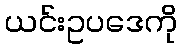
ယင်းဥပဒေကို